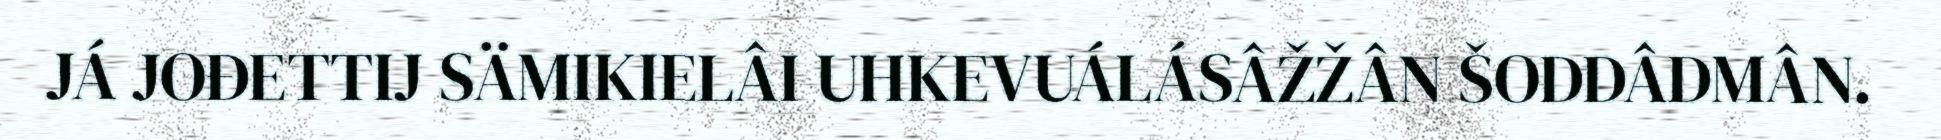
JÁ JOĐETTIJ SÄMIKIELÂI UHKEVUÁLÁSÂŽŽÂN ŠODDÂDMÂN.